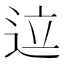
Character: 𬨢